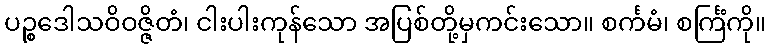
ပဉ္စဒေါသဝိဝဇ္ဇိတံ၊ ငါးပါးကုန်သော အပြစ်တို့မှကင်းသော။ စင်္ကမံ၊ စင်္ကြံကို။